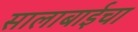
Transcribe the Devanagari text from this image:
सालाबाईचा